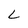
Character: L